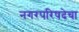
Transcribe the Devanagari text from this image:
नगरपरिषदेचा